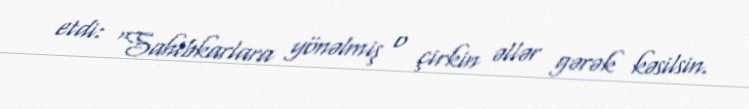
etdi: “Sahibkarlara yönəlmiş o çirkin əllər gərək kəsilsin.